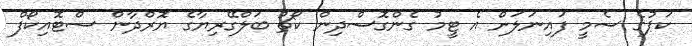
ކަޕުގެ ސެމީ ފައިނަލަށް އެ ޓީމު ގެންގޮސްދިން ކޯޗު ބަލްގޭރިޔާގެ ޔޮރްދާން ސްޓޮއިކޯފް